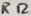
Text: R12